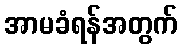
အာမခံရန်အတွက်